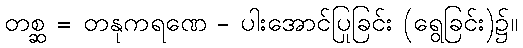
တစ္ဆ = တနုကရဏေ - ပါးအောင်ပြုခြင်း (ရွေခြင်း)၌။